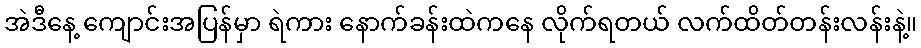
အဲဒီနေ့ ကျောင်းအပြန်မှာ ရဲကား နောက်ခန်းထဲကနေ လိုက်ရတယ် လက်ထိတ်တန်းလန်းနဲ့။